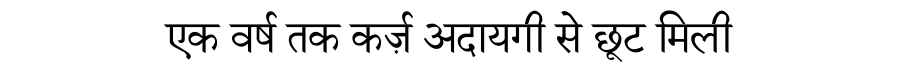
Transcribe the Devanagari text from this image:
एक वर्ष तक कर्ज़ अदायगी से छूट मिली